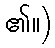
၏။)